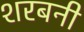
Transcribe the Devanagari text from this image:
शरबनी